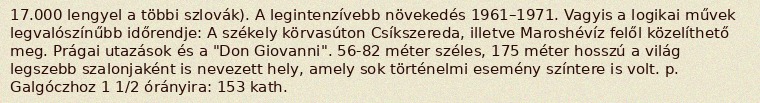
17.000 lengyel a többi szlovák). A legintenzívebb növekedés 1961–1971. Vagyis a logikai művek legvalószínűbb időrendje: A székely körvasúton Csíkszereda, illetve Maroshévíz felől közelíthető meg. Prágai utazások és a "Don Giovanni". 56-82 méter széles, 175 méter hosszú a világ legszebb szalonjaként is nevezett hely, amely sok történelmi esemény színtere is volt. p. Galgóczhoz 1 1/2 órányira: 153 kath.